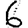
Digit: 6